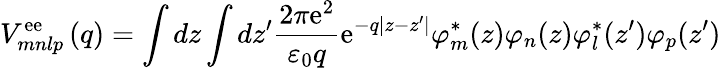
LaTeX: V_{mnlp}^{\mathrm{e}\mathrm{e}}\left(q\right)=\int{dz\int{dz{'}\frac{{2\pi\mathrm{e}^{2}}}{{{\varepsilon}_{0}q}}\mathrm{e}^{-q\left|z-z{'}\right|}{\varphi}_{m}^{*}(z)}}{\varphi}_{n}(z){\varphi}_{l}^{*}(z{'}){\varphi}_{p}(z{'})